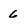
Character: 6